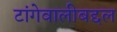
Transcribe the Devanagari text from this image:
टांगेवालीबद्दल